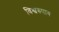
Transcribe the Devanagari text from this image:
विश्वरुपाय